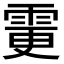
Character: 𩂼